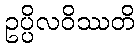
ဥပ္ပိလဝိဿတိ